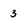
Character: 3